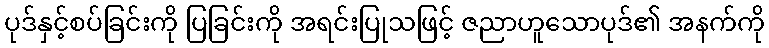
ပုဒ်နှင့်စပ်ခြင်းကို ပြခြင်းကို အရင်းပြုသဖြင့် ဇညာဟူသောပုဒ်၏ အနက်ကို